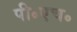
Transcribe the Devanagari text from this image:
पी॰एच॰